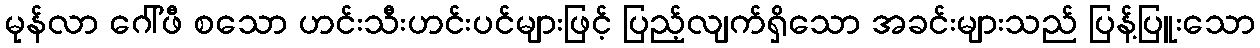
မုန်လာ ဂေါ်ဖီ စသော ဟင်းသီးဟင်းပင်များဖြင့် ပြည့်လျက်ရှိသော အခင်းများသည် ပြန့်ပြူးသော